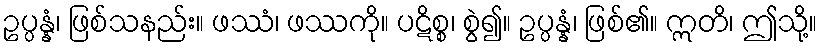
ဥပ္ပန္နံ၊ ဖြစ်သနည်း။ ဖဿံ၊ ဖဿကို။ ပဋိစ္စ၊ စွဲ၍။ ဥပ္ပန္နံ၊ ဖြစ်၏။ ဣတိ၊ ဤသို့။